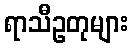
ရာသီဥတုများ